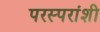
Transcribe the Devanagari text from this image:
परस्‍परांशी